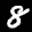
Label: 8